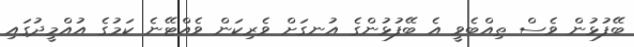
ބޭފުޅުން ވެސް ތިއްބެވީ އެ ބޭފުޅުންގެ އުނގަށް ވެރިކަން ވެއްޓޭނެ ކަމުގެ އުއްމީދުގައި